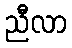
ညီလာ